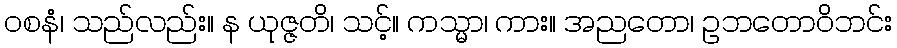
ဝစနံ၊ သည်လည်း။ န ယုဇ္ဇတိ၊ သင့်။ ကသ္မာ၊ ကား။ အညတော၊ ဥဘတောဝိဘင်း